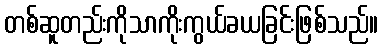
တစ်ဆူတည်းကိုသာကိုးကွယ်ခယခြင်းဖြစ်သည်။